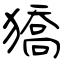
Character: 獢